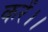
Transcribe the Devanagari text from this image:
करें।।